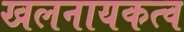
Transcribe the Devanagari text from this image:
खलनायकत्व